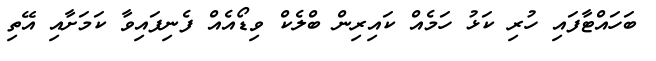
ބަހައްޓާފައި ހުރި ކަޅު ހަމެއް ކައިރިން ބްލެކް ވިޑޯއެއް ފެނިފައިވާ ކަމަށާއި އޭތި